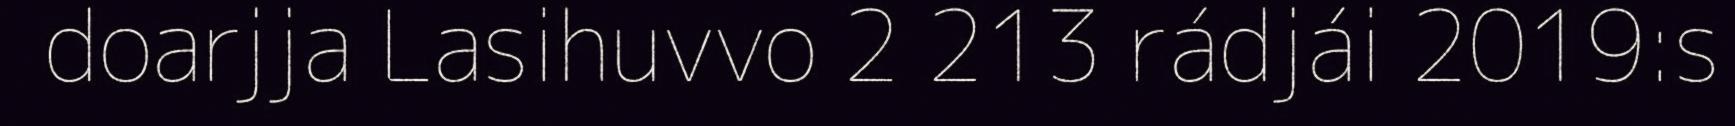
doarjja Lasihuvvo 2 213 rádjái 2019:s